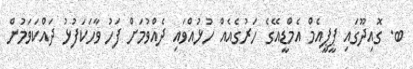
ބ. ގޮއިދޫގައި ޕީޕީއެމް އެމްޑީއޭގެ ހަރުގެއެއް ހުޅުއްވައި ދެއްވުމަށް ފަހު ވާހަކަފުޅު ދައްކަވަމުން